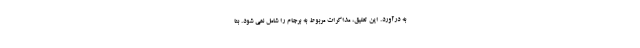
به درآورد. این تعلیق، مذاکرات مربوط به برجام را شامل نمی شود. بنا